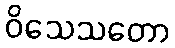
ဝိသေသတော